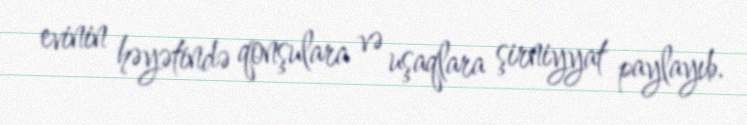
evinin həyətində qonşulara və uşaqlara şirniyyat paylayıb.